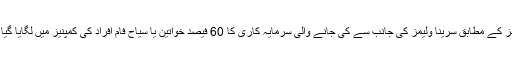
فوربز کے مطابق سرینا ولیمز کی جانب سے کی جانے والی سرمایہ کاری کا 60 فیصد خواتین یا سیاح فام افراد کی کمپنیز میں لگایا گیا ہے۔